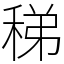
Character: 稊